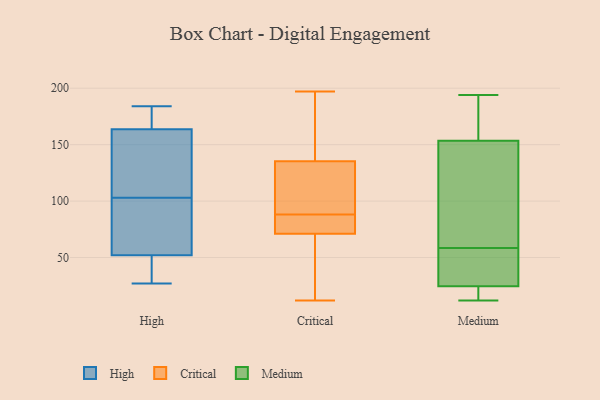
{"axis": {"x": "Bounce Rate (%)", "y": "Value"}, "legend": ["Critical", "High", "Medium"], "data": [{"x": "", "y": 97, "type": "High"}, {"x": "", "y": 184, "type": "High"}, {"x": "", "y": 94, "type": "High"}, {"x": "", "y": 137, "type": "High"}, {"x": "", "y": 103, "type": "High"}, {"x": "", "y": 46, "type": "High"}, {"x": "", "y": 139, "type": "High"}, {"x": "", "y": 163, "type": "High"}, {"x": "", "y": 46, "type": "High"}, {"x": "", "y": 166, "type": "High"}, {"x": "", "y": 177, "type": "High"}, {"x": "", "y": 181, "type": "High"}, {"x": "", "y": 54, "type": "High"}, {"x": "", "y": 27, "type": "High"}, {"x": "", "y": 72, "type": "High"}, {"x": "", "y": 31, "type": "High"}, {"x": "", "y": 148, "type": "High"}, {"x": "", "y": 141, "type": "Critical"}, {"x": "", "y": 74, "type": "Critical"}, {"x": "", "y": 70, "type": "Critical"}, {"x": "", "y": 197, "type": "Critical"}, {"x": "", "y": 62, "type": "Critical"}, {"x": "", "y": 88, "type": "Critical"}, {"x": "", "y": 85, "type": "Critical"}, {"x": "", "y": 118, "type": "Critical"}, {"x": "", "y": 118, "type": "Critical"}, {"x": "", "y": 83, "type": "Critical"}, {"x": "", "y": 158, "type": "Critical"}, {"x": "", "y": 169, "type": "Critical"}, {"x": "", "y": 12, "type": "Critical"}, {"x": "", "y": 45, "type": "Critical"}, {"x": "", "y": 22, "type": "Critical"}, {"x": "", "y": 116, "type": "Critical"}, {"x": "", "y": 81, "type": "Critical"}, {"x": "", "y": 111, "type": "Critical"}, {"x": "", "y": 193, "type": "Critical"}, {"x": "", "y": 62, "type": "Medium"}, {"x": "", "y": 55, "type": "Medium"}, {"x": "", "y": 186, "type": "Medium"}, {"x": "", "y": 29, "type": "Medium"}, {"x": "", "y": 101, "type": "Medium"}, {"x": "", "y": 20, "type": "Medium"}, {"x": "", "y": 15, "type": "Medium"}, {"x": "", "y": 142, "type": "Medium"}, {"x": "", "y": 12, "type": "Medium"}, {"x": "", "y": 118, "type": "Medium"}, {"x": "", "y": 31, "type": "Medium"}, {"x": "", "y": 18, "type": "Medium"}, {"x": "", "y": 165, "type": "Medium"}, {"x": "", "y": 194, "type": "Medium"}, {"x": "", "y": 186, "type": "Medium"}, {"x": "", "y": 28, "type": "Medium"}, {"x": "", "y": 31, "type": "Medium"}, {"x": "", "y": 133, "type": "Medium"}, {"x": "", "y": 188, "type": "Medium"}, {"x": "", "y": 21, "type": "Medium"}]}